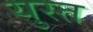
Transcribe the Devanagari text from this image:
युस्त